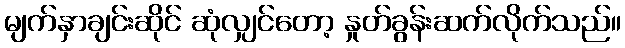
မျက်နှာချင်းဆိုင် ဆုံလျှင်တော့ နှုတ်ခွန်းဆက်လိုက်သည်။